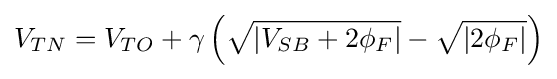
V_{TN}=V_{TO}+\gamma \left({\sqrt {\left|V_{SB}+2\phi _{F}\right|}}-{\sqrt {\left|2\phi _{F}\right|}}\right)